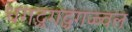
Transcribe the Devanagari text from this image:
धगद्धगद्धगज्ज्वल